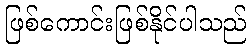
ဖြစ်ကောင်းဖြစ်နိုင်ပါသည်